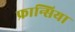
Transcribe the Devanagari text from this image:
फ्रान्सिया